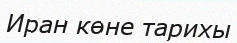
Иран көне тарихы